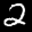
Label: 2